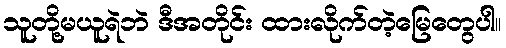
သူတို့မယူရဲဘဲ ဒီအတိုင်း ထားလိုက်တဲ့မြေတွေပါ။